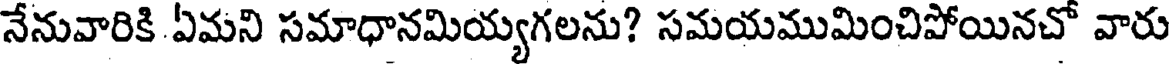
నేనువారికి ఏమని సమాధానమియ్యగలను? సమయముమించిపోయినచో వారు